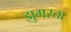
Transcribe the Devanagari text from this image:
झुगरता